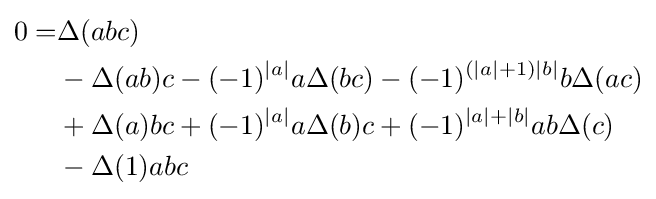
{\begin{aligned}0=&\Delta (abc)\\&-\Delta (ab)c-(-1)^{|a|}a\Delta (bc)-(-1)^{(|a|+1)|b|}b\Delta (ac)\\&+\Delta (a)bc+(-1)^{|a|}a\Delta (b)c+(-1)^{|a|+|b|}ab\Delta (c)\\&-\Delta (1)abc\end{aligned}}